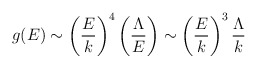
\begin{align*}g(E) \sim \left( {E \over k} \right)^4 \left( {\Lambda \over E}\right) \sim \left({E \over k} \right)^3 {\Lambda\over k}\end{align*}